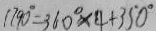
1 7 9 0 ^ { \circ } = 3 6 0 ^ { \circ } \times 4 + 3 5 0 ^ { \circ }